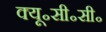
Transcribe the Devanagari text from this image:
क्यू॰सी॰सी॰